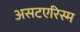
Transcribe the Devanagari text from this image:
असटएरिस्म